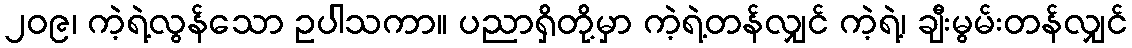
၂၀၉၊ ကဲ့ရဲ့လွန်သော ဥပါသကာ။ ပညာရှိတို့မှာ ကဲ့ရဲ့တန်လျှင် ကဲ့ရဲ့၊ ချီးမွမ်းတန်လျှင်